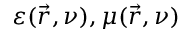
\varepsilon ( \vec { r } , \nu ) , \mu ( \vec { r } , \nu )